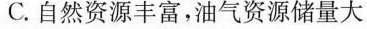
C.自然资源丰富，油气资源储量大